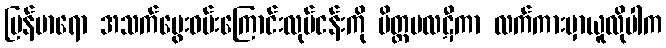
မြန်မာရော အသက်မွေးဝမ်းကြောင်းလုပ်ငန်းကို မိတ္တဗလဋီကာ လက်ကားမှာယူလိုပါက